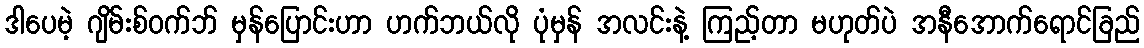
ဒါပေမဲ့ ဂျိမ်းစ်ဝက်ဘ် မှန်ပြောင်းဟာ ဟက်ဘယ်လို ပုံမှန် အလင်းနဲ့ ကြည့်တာ မဟုတ်ပဲ အနီအောက်ရောင်ခြည်